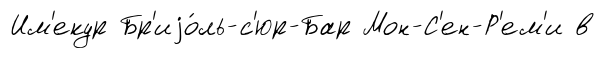
Им'екур Бр'иjо́ль-с'юр-Бар Мон-С'ен-Р'ем'и в